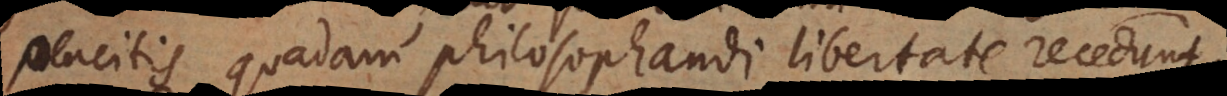
placitis quadam philosophandi libertate recedunt.